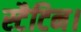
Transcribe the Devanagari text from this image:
स्टैटिन।